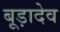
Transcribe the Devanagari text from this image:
बूड़ादेव